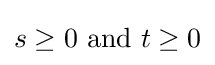
s\geq 0{\text{ and }}t\geq 0